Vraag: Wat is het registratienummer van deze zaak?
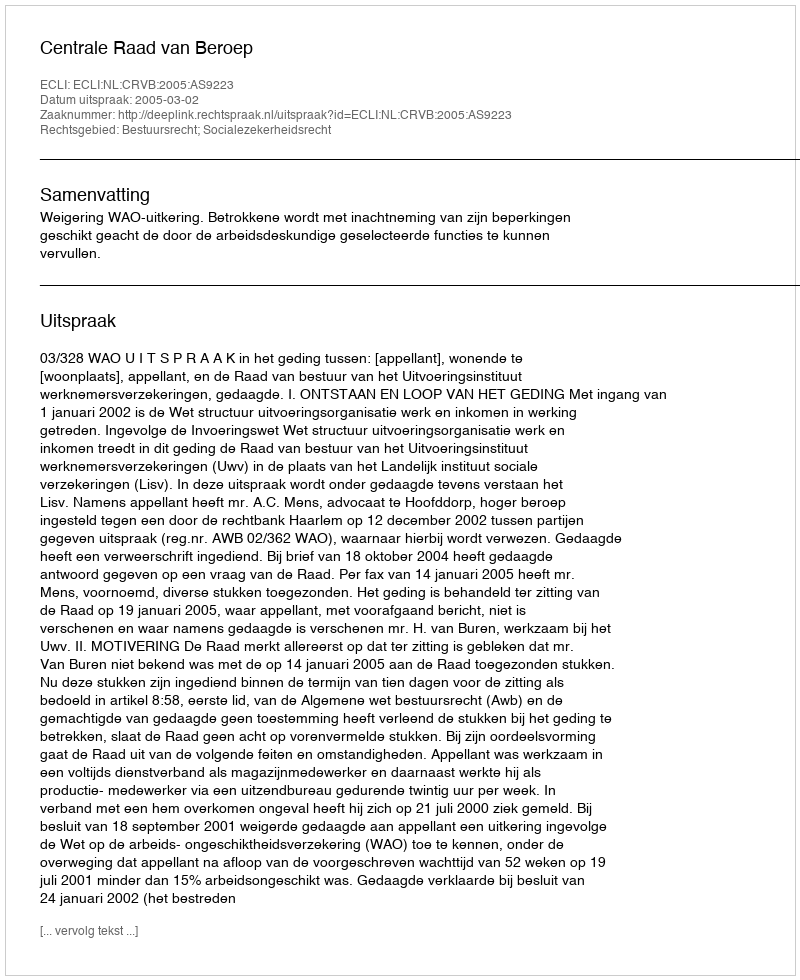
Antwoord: http://deeplink.rechtspraak.nl/uitspraak?id=ECLI:NL:CRVB:2005:AS9223